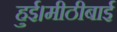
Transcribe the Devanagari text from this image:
हुई।मीठीबाई